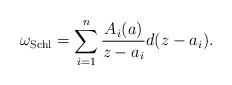
LaTeX: \begin{align*}\omega_{\rm Schl}=\sum\limits_{i=1}^n\frac{A_i(a)}{z-a_i}d(z-a_i).\end{align*}